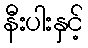
နီးပါးနှင့်